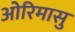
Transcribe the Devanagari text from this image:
ओरिमासु